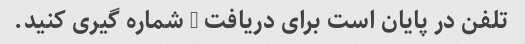
تلفن در پایان است برای دریافت 0 شماره گیری کنید.